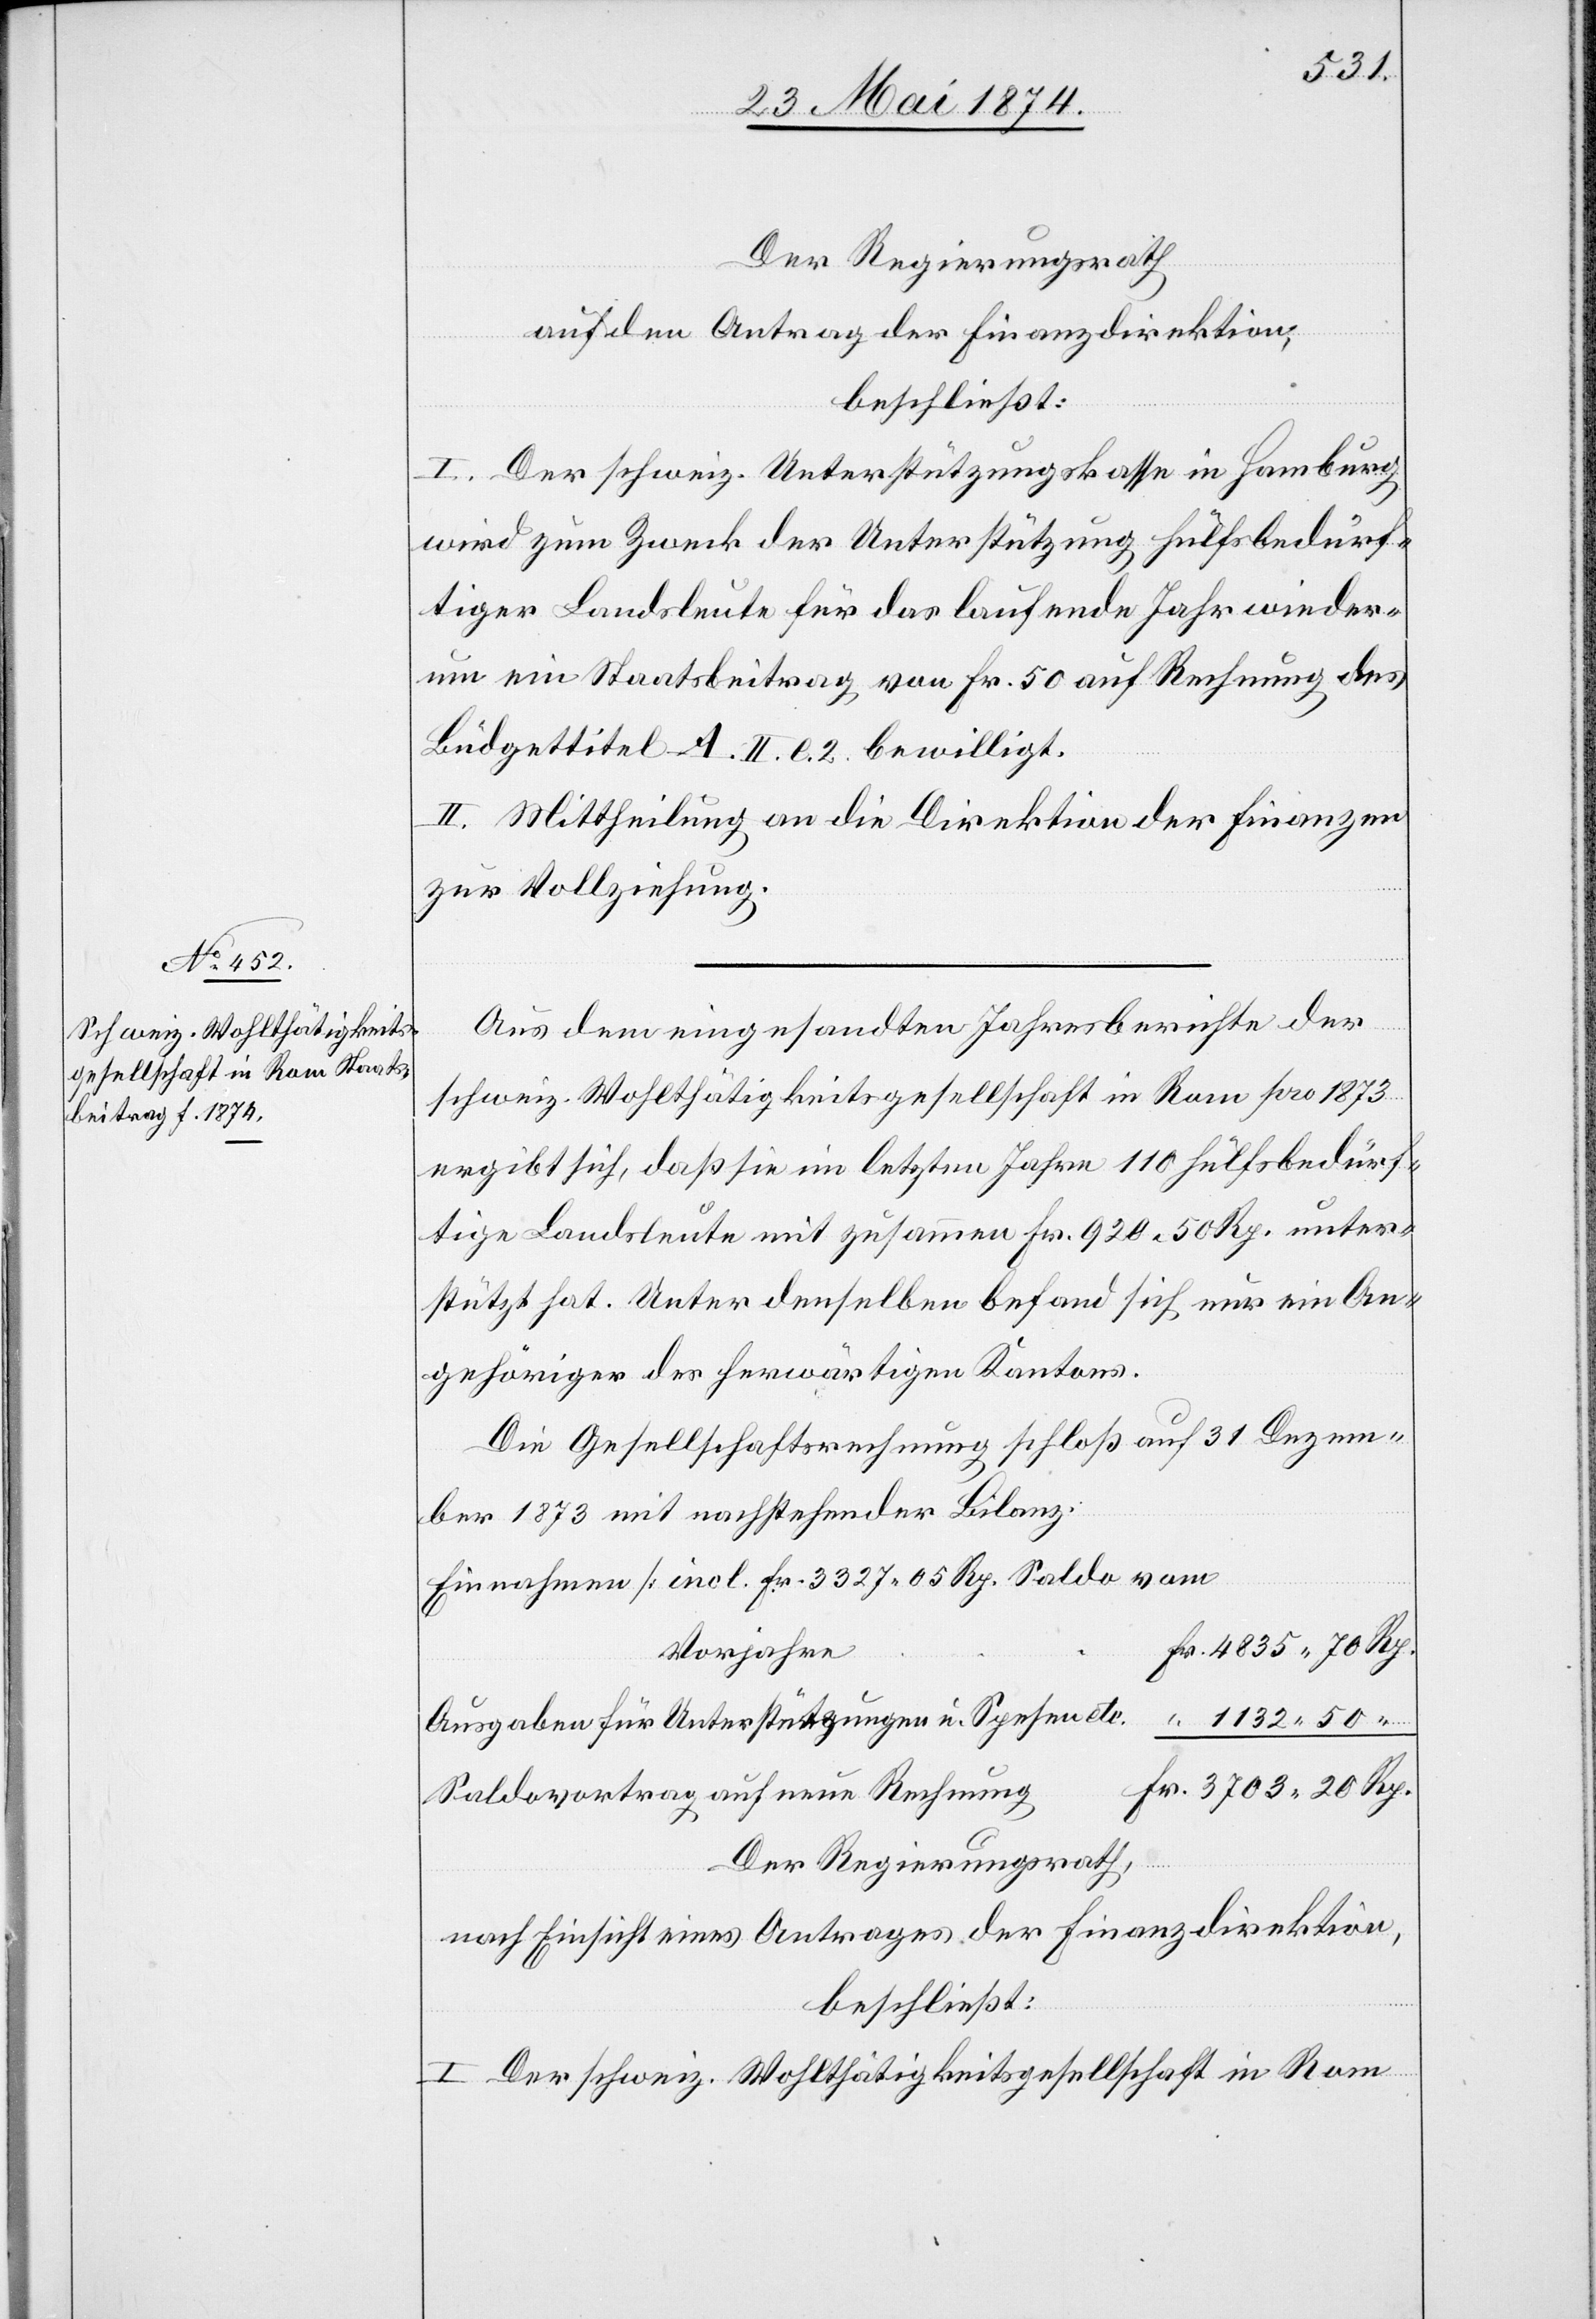
Der Regierungsrath
auf den Antrag der Finanzdirektion,
beschließt:
I. Der schweiz. Unterstützungskasse in Hamburg
wird zum Zweck der Unterstützung hülfsbedürf¬
tiger Landsleute für das laufende Jahr wieder¬
um ein Staatsbeitrag von Fr. 50 auf Rechnung des
Büdgettitel A. Ii. e. 2 bewilligt.
II. Mittheilung an die Direktion der Finanzen
zur Vollziehung.
Aus dem eingesandten Jahresberichte der
schweiz. Wohlthätigkeitsgesellschaft in Rom pro 1873
ergibt sich, daß sie im letzten Jahre 110 Hülfbedürf¬
tige Landsleute mit zusammen Fr. 920.50 Rp. unter¬
stützt hat. Unter denselben befand sich nur ein An¬
gehöriger des herwärtigen Kantons.
Die Gesellschaftsrechnung schloß auf 31. Dezem¬
ber 1873 mit nachstehender Bilanz:
Einnahmen [incl. Fr. 3327.05 Rp. Saldo vom
Vorjahre]
Ausgaben für Unterstützungen u. Spesen etc.
Saldovortrag auf neue Rechnung
Der Regierungsrath,
nach Einsicht eines Antrages der Finanzdirektion,
beschließt:
I. Der schweiz. Wohlthätigkeitsgesellschaft in Rom